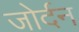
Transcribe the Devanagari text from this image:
जोर्दन